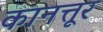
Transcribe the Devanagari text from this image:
कानत्तूर